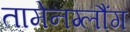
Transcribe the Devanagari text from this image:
तामेनग्लौंग